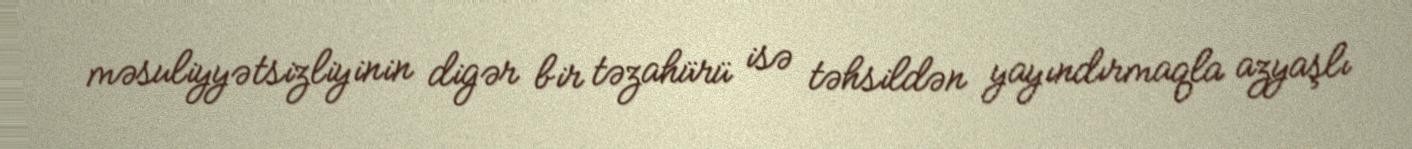
məsuliyyətsizliyinin digər bir təzahürü isə təhsildən yayındırmaqla azyaşlı